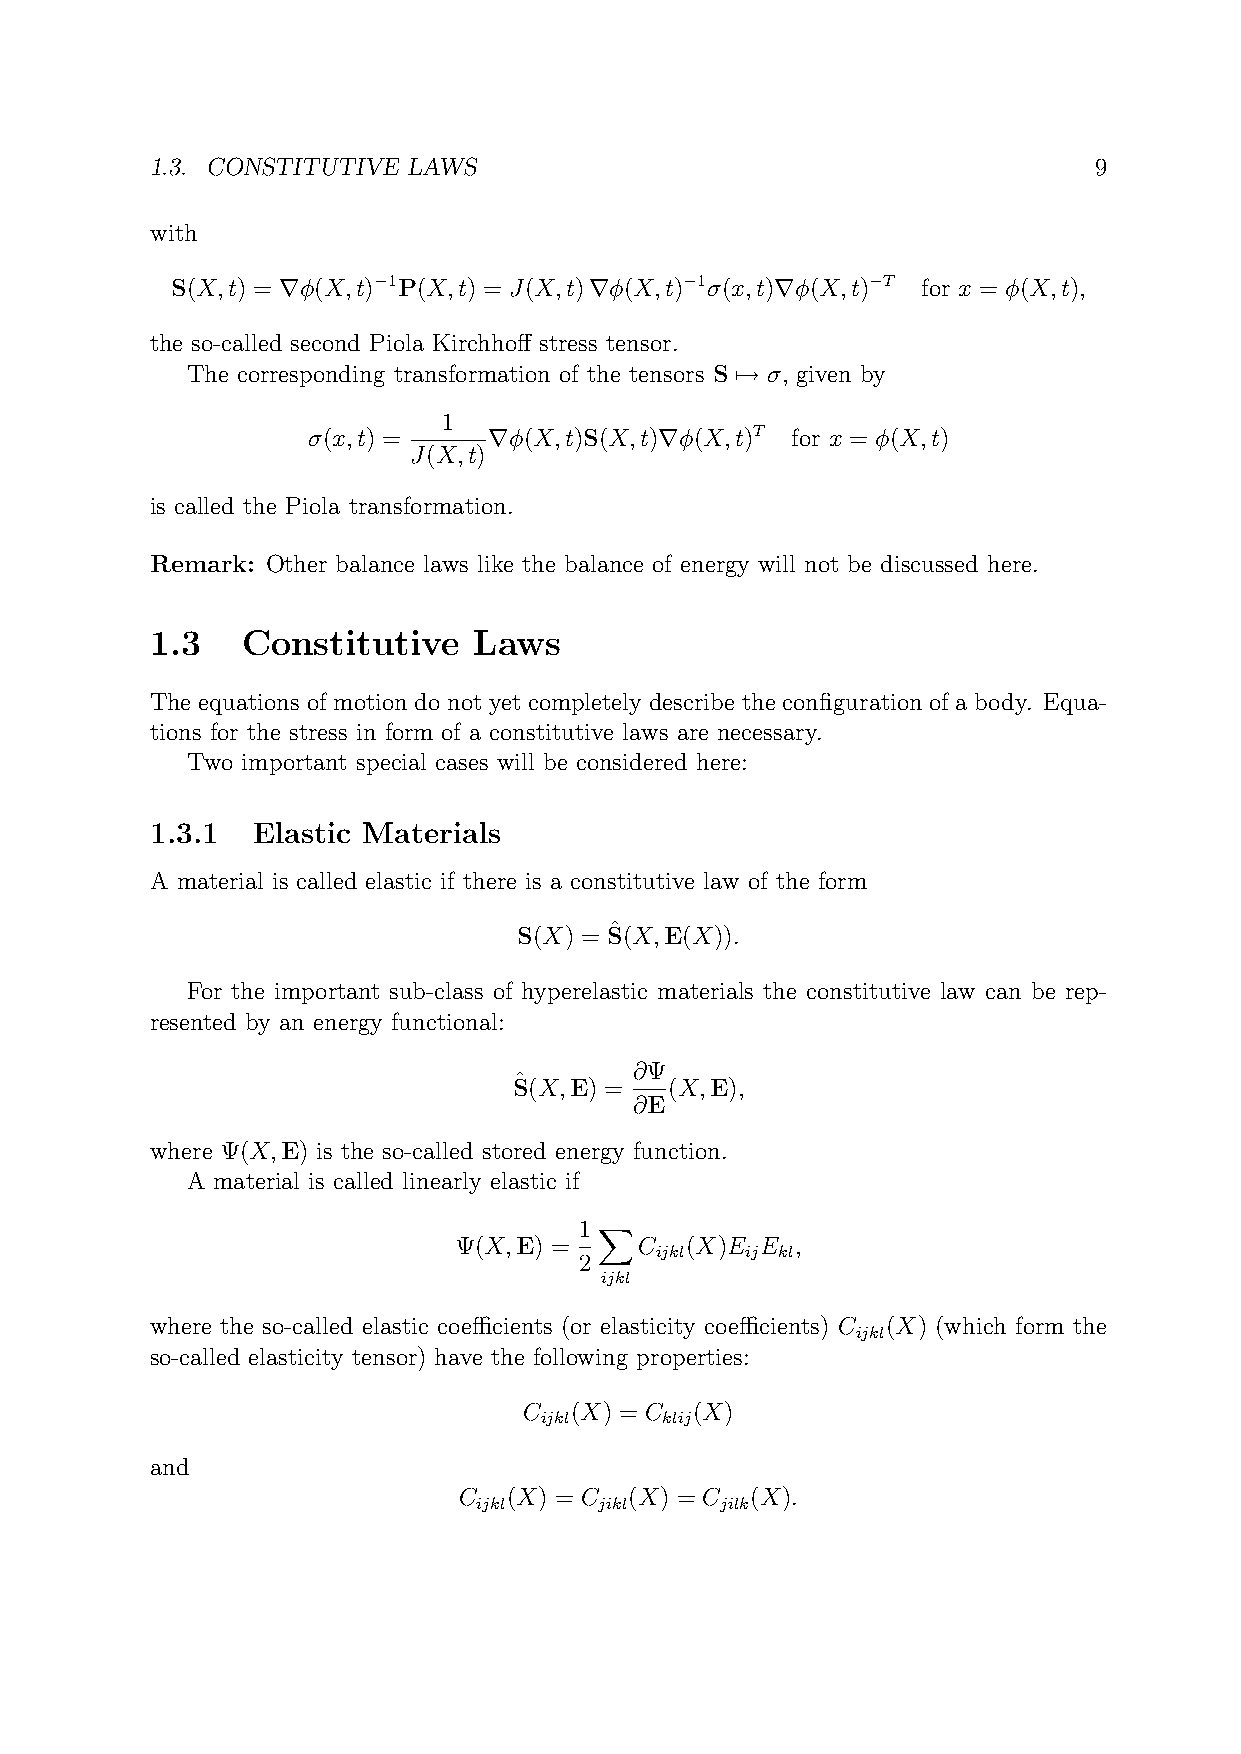
1.3. CONSTITUTIVE LAWS                                        9
 with
 S(X,t) = ∇φ(X,t)−1P(X,t) = J(X,t)∇φ(X,t)−1σ(x,t)∇φ(X,t)−T for x = φ(X,t),
 the so-called second Piola Kirchhoff stress tensor.
 The corresponding transformation of the tensors S 7→ σ, given by
 1
 σ(x,t) =    ∇φ(X,t)S(X,t)∇φ(X,t)T for x = φ(X,t)
 J(X,t)
 is called the Piola transformation.
 Remark: Other balance laws like the balance of energy will not be discussed here.
 1.3   Constitutive   Laws
 The equations of motion do not yet completely describe the configuration of a body. Equa-
 tions for the stress in form of a constitutive laws are necessary.
 Two important special cases will be considered here:
 1.3.1  Elastic Materials
 A material is called elastic if there is a constitutive law of the form
 ˆ
 S(X) = S(X,E(X)).
 For the important sub-class of hyperelastic materials the constitutive law can be rep-
 resented by an energy functional:
 ∂Ψ
 ˆ
 S(X,E) =  (X,E),
 ∂E
 where Ψ(X,E) is the so-called stored energy function.
 A material is called linearly elastic if
 1 X
 Ψ(X,E) =    C  (X)E E  ,
 ijkl  ij kl
 2
 ijkl
 where the so-called elastic coefficients (or elasticity coefficients) C (X) (which form the
 ijkl
 so-called elasticity tensor) have the following properties:
 C  (X) = C (X)
 ijkl    klij
 and
 C   (X) = C (X) = C (X).
 ijkl    jikl    jilk